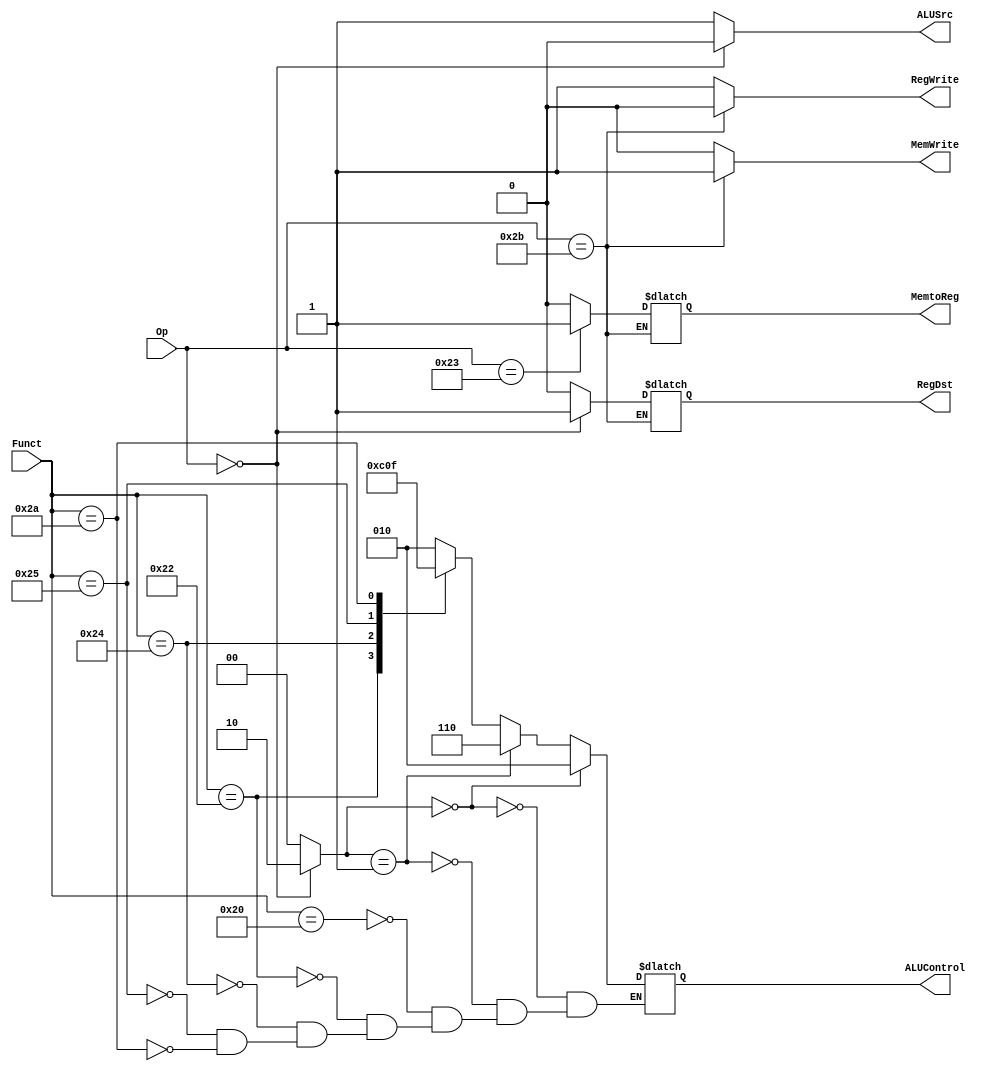
module control_unit
(
    input   [5:0]   Op,
    input   [5:0]   Funct,
    output          MemtoReg,
    output          MemWrite,
    output  [2:0]   ALUControl,
    output  ALUSrc,
    output  RegDst,
    output  RegWrite
);

reg MemtoReg_r, MemWrite_r, ALUSrc_r,
    RegDst_r, RegWrite_r;
reg [1:0] ALUOp_r;
reg [2:0] ALUControl_r;

assign MemtoReg = MemtoReg_r;
assign MemWrite = MemWrite_r;
assign ALUControl = ALUControl_r;
assign ALUSrc = ALUSrc_r;
assign RegDst = RegDst_r;
assign RegWrite = RegWrite_r;

always @ (*) begin
    case ( Op )
        // R-type
        6'b000000: begin
            RegWrite_r  <= 1'b1;
            RegDst_r    <= 1'b1;
            ALUSrc_r    <= 1'b0;
            MemWrite_r  <= 1'b0;
            MemtoReg_r  <= 1'b0;
            ALUOp_r     <= 2'b10;
        end

        // lw
        6'b100011: begin
            RegWrite_r  <= 1'b1;
            RegDst_r    <= 1'b0;
            ALUSrc_r    <= 1'b1;
            MemWrite_r  <= 1'b0;
            MemtoReg_r  <= 1'b1;
            ALUOp_r     <= 2'b00;
        end

        // sw
        6'b101011: begin
            RegWrite_r  <= 1'b0;
            ALUSrc_r    <= 1'b1;
            MemWrite_r  <= 1'b1;
            ALUOp_r     <= 2'b00;
        end

        // addi
        6'b001000: begin
            RegWrite_r  <= 1'b1;
            RegDst_r    <= 1'b0;
            ALUSrc_r    <= 1'b1;
            MemWrite_r  <= 1'b0;
            MemtoReg_r  <= 1'b0;
            ALUOp_r     <= 2'b00;
        end

        default: begin
            RegWrite_r  <= 1'b1;
            RegDst_r    <= 1'b0;
            ALUSrc_r    <= 1'b1;
            MemWrite_r  <= 1'b0;
            MemtoReg_r  <= 1'b0;
            ALUOp_r     <= 2'b00;
        end
    endcase

    if ( ALUOp_r == 2'b00 )
        ALUControl_r <= 3'b010; // addition
    else if ( ALUOp_r == 2'b01 )
        ALUControl_r <= 3'b110; // subtraction
    else begin
        case ( Funct )
            6'b100000: ALUControl_r <= 3'b010; // addition
            6'b100010: ALUControl_r <= 3'b110; // subtraction
            6'b100100: ALUControl_r <= 3'b000; // bit-wise and
            6'b100101: ALUControl_r <= 3'b001; // bit-wise or
            6'b101010: ALUControl_r <= 3'b111; // set on less than
        endcase
    end
end
endmodule